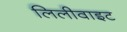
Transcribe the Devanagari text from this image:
लिलीवाइट